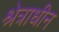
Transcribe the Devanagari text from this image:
श्रेत्राधीन